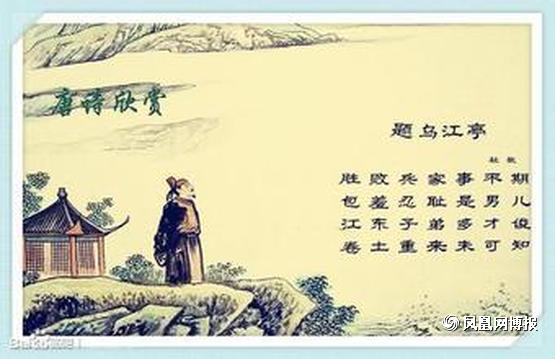
胜败兵家事不期，包羞忍耻是男儿。